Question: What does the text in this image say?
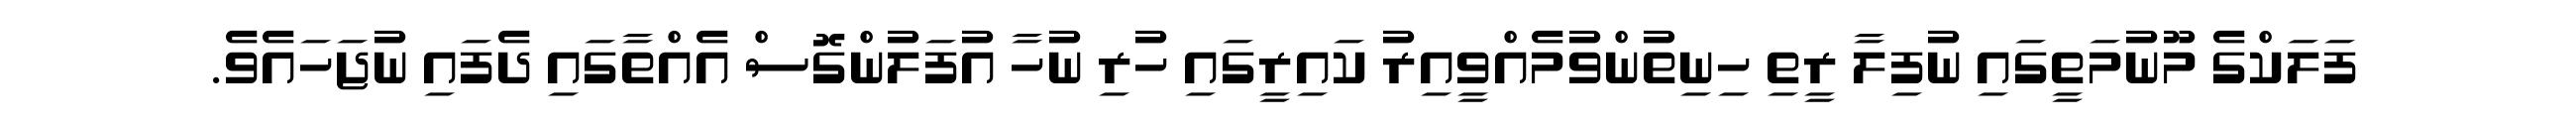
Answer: ފަލަކްގެ މޫނުމަތީގައި ނުފިލާ ރީތި ހިނިތުންވުމެއްވީއިރު ކައިރީގައި ހުރި ނުހާ އުފަލުންގޮސް އެއްތާގައި ދެފައި ނުޖަހައެވެ.